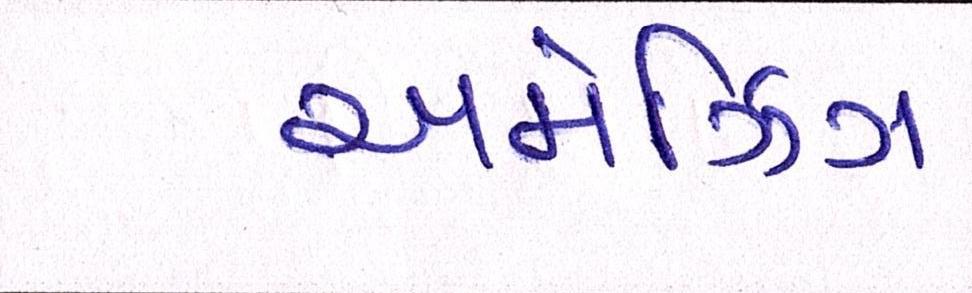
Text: અમેઝિંગ